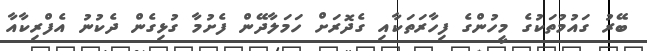
ބޭރު ގައުމުތަކުގެ މީހުންގެ ފިހާރަތަކާއި ގެދޮރަށް ހަމަލާދޭން ފެށުމާ ގުޅިގެން ދެކުނު އެފްރިކާއާ